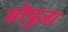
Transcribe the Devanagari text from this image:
सोयुज़ा